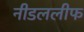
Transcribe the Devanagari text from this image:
नीडललीफ